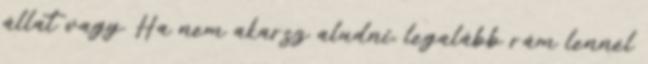
állat vagy. Ha nem akarsz aludni, legalább rám lennél